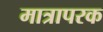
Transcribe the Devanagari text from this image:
मात्रापरक